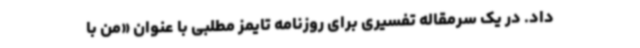
داد. در یک سرمقاله تفسیری برای روزنامه تایمز مطلبی با عنوان «من با